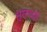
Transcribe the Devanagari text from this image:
मुसावयी